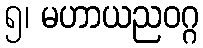
၅၊ မဟာယညဝဂ္ဂ